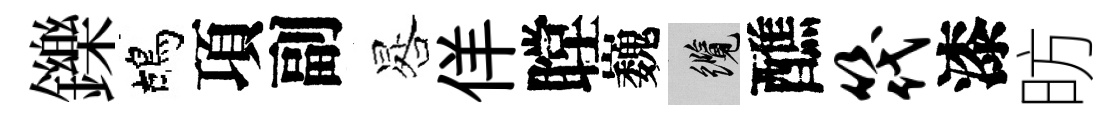
鑠鴣項副晷佯瞠巍纜醮筏漆昉